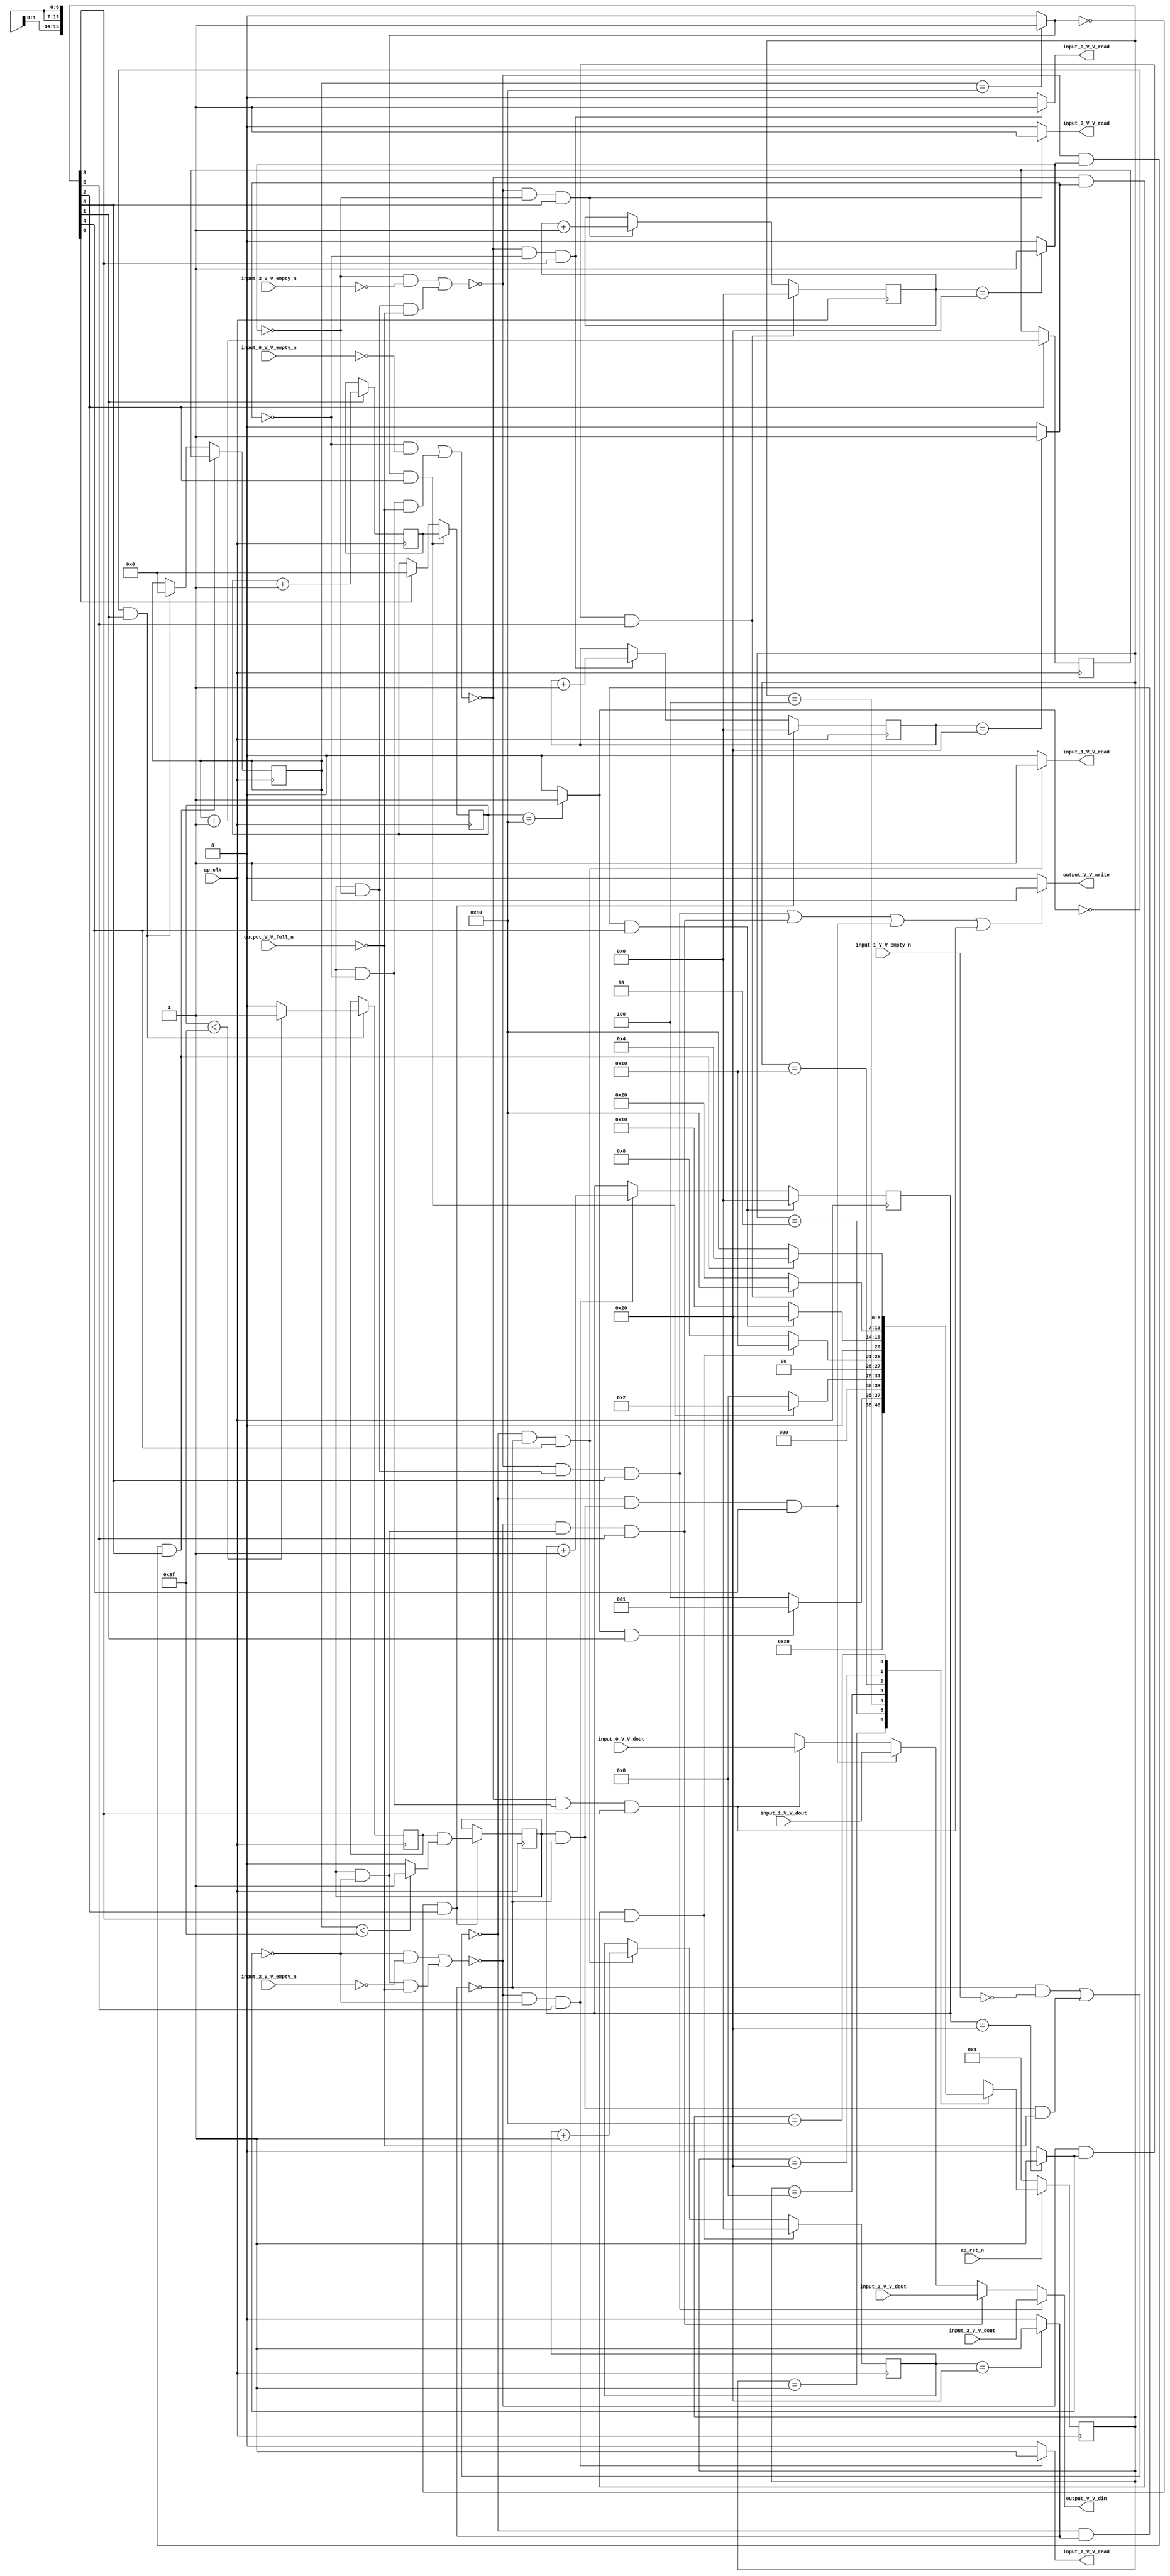
// ==============================================================
// RTL generated by Vivado(TM) HLS - High-Level Synthesis from C, C++ and SystemC
// Version: 2017.4
// Copyright (C) 1986-2017 Xilinx, Inc. All Rights Reserved.
// 
// ===========================================================

`timescale 1 ns / 1 ps 

(* CORE_GENERATION_INFO="concat_1,hls_ip_2017_4,{HLS_INPUT_TYPE=cxx,HLS_INPUT_FLOAT=0,HLS_INPUT_FIXED=1,HLS_INPUT_PART=xc7z020clg484-1,HLS_INPUT_CLOCK=10.000000,HLS_INPUT_ARCH=others,HLS_SYN_CLOCK=7.268000,HLS_SYN_LAT=544897,HLS_SYN_TPT=none,HLS_SYN_MEM=0,HLS_SYN_DSP=0,HLS_SYN_FF=61,HLS_SYN_LUT=417}" *)

module concat_1 (
        ap_clk,
        ap_rst_n,
        input_0_V_V_dout,
        input_0_V_V_empty_n,
        input_0_V_V_read,
        input_1_V_V_dout,
        input_1_V_V_empty_n,
        input_1_V_V_read,
        input_2_V_V_dout,
        input_2_V_V_empty_n,
        input_2_V_V_read,
        input_3_V_V_dout,
        input_3_V_V_empty_n,
        input_3_V_V_read,
        output_V_V_din,
        output_V_V_full_n,
        output_V_V_write
);

parameter    ap_ST_fsm_state1 = 7'd1;
parameter    ap_ST_fsm_state2 = 7'd2;
parameter    ap_ST_fsm_state3 = 7'd4;
parameter    ap_ST_fsm_state4 = 7'd8;
parameter    ap_ST_fsm_state5 = 7'd16;
parameter    ap_ST_fsm_state6 = 7'd32;
parameter    ap_ST_fsm_state7 = 7'd64;

input   ap_clk;
input   ap_rst_n;
input  [15:0] input_0_V_V_dout;
input   input_0_V_V_empty_n;
output   input_0_V_V_read;
input  [15:0] input_1_V_V_dout;
input   input_1_V_V_empty_n;
output   input_1_V_V_read;
input  [15:0] input_2_V_V_dout;
input   input_2_V_V_empty_n;
output   input_2_V_V_read;
input  [15:0] input_3_V_V_dout;
input   input_3_V_V_empty_n;
output   input_3_V_V_read;
output  [15:0] output_V_V_din;
input   output_V_V_full_n;
output   output_V_V_write;

reg input_0_V_V_read;
reg input_1_V_V_read;
reg input_2_V_V_read;
reg input_3_V_V_read;
reg[15:0] output_V_V_din;
reg output_V_V_write;

reg    ap_rst_n_inv;
reg    input_0_V_V_blk_n;
(* fsm_encoding = "none" *) reg   [6:0] ap_CS_fsm;
wire    ap_CS_fsm_state4;
wire   [0:0] exitcond3_fu_256_p2;
reg    input_1_V_V_blk_n;
wire    ap_CS_fsm_state5;
wire   [0:0] exitcond4_fu_268_p2;
reg    input_2_V_V_blk_n;
wire    ap_CS_fsm_state6;
wire   [0:0] exitcond5_fu_280_p2;
reg    input_3_V_V_blk_n;
wire    ap_CS_fsm_state7;
wire   [0:0] exitcond_fu_292_p2;
reg    output_V_V_blk_n;
reg   [0:0] tmp_3_reg_325;
wire   [6:0] k_1_fu_221_p2;
reg   [6:0] k_1_reg_307;
wire    ap_CS_fsm_state2;
wire   [0:0] tmp_fu_227_p2;
reg   [0:0] tmp_reg_312;
wire   [0:0] exitcond1_fu_215_p2;
wire   [6:0] j_1_fu_239_p2;
reg   [6:0] j_1_reg_320;
wire    ap_CS_fsm_state3;
wire   [0:0] tmp_3_fu_251_p2;
wire   [0:0] exitcond2_fu_233_p2;
wire   [5:0] i_4_fu_262_p2;
reg    ap_predicate_op45_write_state4;
reg    ap_block_state4;
wire   [5:0] i_5_fu_274_p2;
reg    ap_predicate_op56_write_state5;
reg    ap_block_state5;
wire   [5:0] i_6_fu_286_p2;
reg    ap_predicate_op67_write_state6;
reg    ap_block_state6;
wire   [5:0] i_7_fu_298_p2;
reg    ap_predicate_op78_write_state7;
reg    ap_block_state7;
reg   [6:0] k_reg_149;
wire    ap_CS_fsm_state1;
reg   [6:0] j_reg_160;
reg   [5:0] i_reg_171;
reg   [5:0] i_1_reg_182;
reg   [5:0] i_2_reg_193;
reg   [5:0] i_3_reg_204;
wire   [0:0] tmp_2_fu_245_p2;
reg   [6:0] ap_NS_fsm;

// power-on initialization
initial begin
#0 ap_CS_fsm = 7'd1;
end

always @ (posedge ap_clk) begin
    if (ap_rst_n_inv == 1'b1) begin
        ap_CS_fsm <= ap_ST_fsm_state1;
    end else begin
        ap_CS_fsm <= ap_NS_fsm;
    end
end

always @ (posedge ap_clk) begin
    if ((~(((exitcond3_fu_256_p2 == 1'd0) & (input_0_V_V_empty_n == 1'b0)) | ((ap_predicate_op45_write_state4 == 1'b1) & (output_V_V_full_n == 1'b0))) & (exitcond3_fu_256_p2 == 1'd1) & (1'b1 == ap_CS_fsm_state4))) begin
        i_1_reg_182 <= 6'd0;
    end else if ((~(((exitcond4_fu_268_p2 == 1'd0) & (input_1_V_V_empty_n == 1'b0)) | ((ap_predicate_op56_write_state5 == 1'b1) & (output_V_V_full_n == 1'b0))) & (exitcond4_fu_268_p2 == 1'd0) & (1'b1 == ap_CS_fsm_state5))) begin
        i_1_reg_182 <= i_5_fu_274_p2;
    end
end

always @ (posedge ap_clk) begin
    if ((~(((exitcond4_fu_268_p2 == 1'd0) & (input_1_V_V_empty_n == 1'b0)) | ((ap_predicate_op56_write_state5 == 1'b1) & (output_V_V_full_n == 1'b0))) & (exitcond4_fu_268_p2 == 1'd1) & (1'b1 == ap_CS_fsm_state5))) begin
        i_2_reg_193 <= 6'd0;
    end else if ((~(((exitcond5_fu_280_p2 == 1'd0) & (input_2_V_V_empty_n == 1'b0)) | ((ap_predicate_op67_write_state6 == 1'b1) & (output_V_V_full_n == 1'b0))) & (exitcond5_fu_280_p2 == 1'd0) & (1'b1 == ap_CS_fsm_state6))) begin
        i_2_reg_193 <= i_6_fu_286_p2;
    end
end

always @ (posedge ap_clk) begin
    if ((~(((exitcond5_fu_280_p2 == 1'd0) & (input_2_V_V_empty_n == 1'b0)) | ((ap_predicate_op67_write_state6 == 1'b1) & (output_V_V_full_n == 1'b0))) & (exitcond5_fu_280_p2 == 1'd1) & (1'b1 == ap_CS_fsm_state6))) begin
        i_3_reg_204 <= 6'd0;
    end else if ((~(((exitcond_fu_292_p2 == 1'd0) & (input_3_V_V_empty_n == 1'b0)) | ((ap_predicate_op78_write_state7 == 1'b1) & (output_V_V_full_n == 1'b0))) & (exitcond_fu_292_p2 == 1'd0) & (1'b1 == ap_CS_fsm_state7))) begin
        i_3_reg_204 <= i_7_fu_298_p2;
    end
end

always @ (posedge ap_clk) begin
    if (((exitcond2_fu_233_p2 == 1'd0) & (1'b1 == ap_CS_fsm_state3))) begin
        i_reg_171 <= 6'd0;
    end else if ((~(((exitcond3_fu_256_p2 == 1'd0) & (input_0_V_V_empty_n == 1'b0)) | ((ap_predicate_op45_write_state4 == 1'b1) & (output_V_V_full_n == 1'b0))) & (exitcond3_fu_256_p2 == 1'd0) & (1'b1 == ap_CS_fsm_state4))) begin
        i_reg_171 <= i_4_fu_262_p2;
    end
end

always @ (posedge ap_clk) begin
    if ((~(((exitcond_fu_292_p2 == 1'd0) & (input_3_V_V_empty_n == 1'b0)) | ((ap_predicate_op78_write_state7 == 1'b1) & (output_V_V_full_n == 1'b0))) & (exitcond_fu_292_p2 == 1'd1) & (1'b1 == ap_CS_fsm_state7))) begin
        j_reg_160 <= j_1_reg_320;
    end else if (((exitcond1_fu_215_p2 == 1'd0) & (1'b1 == ap_CS_fsm_state2))) begin
        j_reg_160 <= 7'd0;
    end
end

always @ (posedge ap_clk) begin
    if (((exitcond2_fu_233_p2 == 1'd1) & (1'b1 == ap_CS_fsm_state3))) begin
        k_reg_149 <= k_1_reg_307;
    end else if ((1'b1 == ap_CS_fsm_state1)) begin
        k_reg_149 <= 7'd0;
    end
end

always @ (posedge ap_clk) begin
    if ((1'b1 == ap_CS_fsm_state3)) begin
        j_1_reg_320 <= j_1_fu_239_p2;
    end
end

always @ (posedge ap_clk) begin
    if ((1'b1 == ap_CS_fsm_state2)) begin
        k_1_reg_307 <= k_1_fu_221_p2;
    end
end

always @ (posedge ap_clk) begin
    if (((exitcond2_fu_233_p2 == 1'd0) & (1'b1 == ap_CS_fsm_state3))) begin
        tmp_3_reg_325 <= tmp_3_fu_251_p2;
    end
end

always @ (posedge ap_clk) begin
    if (((exitcond1_fu_215_p2 == 1'd0) & (1'b1 == ap_CS_fsm_state2))) begin
        tmp_reg_312 <= tmp_fu_227_p2;
    end
end

always @ (*) begin
    if (((exitcond3_fu_256_p2 == 1'd0) & (1'b1 == ap_CS_fsm_state4))) begin
        input_0_V_V_blk_n = input_0_V_V_empty_n;
    end else begin
        input_0_V_V_blk_n = 1'b1;
    end
end

always @ (*) begin
    if ((~(((exitcond3_fu_256_p2 == 1'd0) & (input_0_V_V_empty_n == 1'b0)) | ((ap_predicate_op45_write_state4 == 1'b1) & (output_V_V_full_n == 1'b0))) & (exitcond3_fu_256_p2 == 1'd0) & (1'b1 == ap_CS_fsm_state4))) begin
        input_0_V_V_read = 1'b1;
    end else begin
        input_0_V_V_read = 1'b0;
    end
end

always @ (*) begin
    if (((exitcond4_fu_268_p2 == 1'd0) & (1'b1 == ap_CS_fsm_state5))) begin
        input_1_V_V_blk_n = input_1_V_V_empty_n;
    end else begin
        input_1_V_V_blk_n = 1'b1;
    end
end

always @ (*) begin
    if ((~(((exitcond4_fu_268_p2 == 1'd0) & (input_1_V_V_empty_n == 1'b0)) | ((ap_predicate_op56_write_state5 == 1'b1) & (output_V_V_full_n == 1'b0))) & (exitcond4_fu_268_p2 == 1'd0) & (1'b1 == ap_CS_fsm_state5))) begin
        input_1_V_V_read = 1'b1;
    end else begin
        input_1_V_V_read = 1'b0;
    end
end

always @ (*) begin
    if (((exitcond5_fu_280_p2 == 1'd0) & (1'b1 == ap_CS_fsm_state6))) begin
        input_2_V_V_blk_n = input_2_V_V_empty_n;
    end else begin
        input_2_V_V_blk_n = 1'b1;
    end
end

always @ (*) begin
    if ((~(((exitcond5_fu_280_p2 == 1'd0) & (input_2_V_V_empty_n == 1'b0)) | ((ap_predicate_op67_write_state6 == 1'b1) & (output_V_V_full_n == 1'b0))) & (exitcond5_fu_280_p2 == 1'd0) & (1'b1 == ap_CS_fsm_state6))) begin
        input_2_V_V_read = 1'b1;
    end else begin
        input_2_V_V_read = 1'b0;
    end
end

always @ (*) begin
    if (((exitcond_fu_292_p2 == 1'd0) & (1'b1 == ap_CS_fsm_state7))) begin
        input_3_V_V_blk_n = input_3_V_V_empty_n;
    end else begin
        input_3_V_V_blk_n = 1'b1;
    end
end

always @ (*) begin
    if ((~(((exitcond_fu_292_p2 == 1'd0) & (input_3_V_V_empty_n == 1'b0)) | ((ap_predicate_op78_write_state7 == 1'b1) & (output_V_V_full_n == 1'b0))) & (exitcond_fu_292_p2 == 1'd0) & (1'b1 == ap_CS_fsm_state7))) begin
        input_3_V_V_read = 1'b1;
    end else begin
        input_3_V_V_read = 1'b0;
    end
end

always @ (*) begin
    if ((((tmp_3_reg_325 == 1'd1) & (exitcond_fu_292_p2 == 1'd0) & (1'b1 == ap_CS_fsm_state7)) | ((tmp_3_reg_325 == 1'd1) & (exitcond5_fu_280_p2 == 1'd0) & (1'b1 == ap_CS_fsm_state6)) | ((tmp_3_reg_325 == 1'd1) & (exitcond4_fu_268_p2 == 1'd0) & (1'b1 == ap_CS_fsm_state5)) | ((tmp_3_reg_325 == 1'd1) & (exitcond3_fu_256_p2 == 1'd0) & (1'b1 == ap_CS_fsm_state4)))) begin
        output_V_V_blk_n = output_V_V_full_n;
    end else begin
        output_V_V_blk_n = 1'b1;
    end
end

always @ (*) begin
    if ((~(((exitcond_fu_292_p2 == 1'd0) & (input_3_V_V_empty_n == 1'b0)) | ((ap_predicate_op78_write_state7 == 1'b1) & (output_V_V_full_n == 1'b0))) & (ap_predicate_op78_write_state7 == 1'b1) & (1'b1 == ap_CS_fsm_state7))) begin
        output_V_V_din = input_3_V_V_dout;
    end else if ((~(((exitcond5_fu_280_p2 == 1'd0) & (input_2_V_V_empty_n == 1'b0)) | ((ap_predicate_op67_write_state6 == 1'b1) & (output_V_V_full_n == 1'b0))) & (ap_predicate_op67_write_state6 == 1'b1) & (1'b1 == ap_CS_fsm_state6))) begin
        output_V_V_din = input_2_V_V_dout;
    end else if ((~(((exitcond4_fu_268_p2 == 1'd0) & (input_1_V_V_empty_n == 1'b0)) | ((ap_predicate_op56_write_state5 == 1'b1) & (output_V_V_full_n == 1'b0))) & (ap_predicate_op56_write_state5 == 1'b1) & (1'b1 == ap_CS_fsm_state5))) begin
        output_V_V_din = input_1_V_V_dout;
    end else if ((~(((exitcond3_fu_256_p2 == 1'd0) & (input_0_V_V_empty_n == 1'b0)) | ((ap_predicate_op45_write_state4 == 1'b1) & (output_V_V_full_n == 1'b0))) & (ap_predicate_op45_write_state4 == 1'b1) & (1'b1 == ap_CS_fsm_state4))) begin
        output_V_V_din = input_0_V_V_dout;
    end else begin
        output_V_V_din = 'bx;
    end
end

always @ (*) begin
    if (((~(((exitcond_fu_292_p2 == 1'd0) & (input_3_V_V_empty_n == 1'b0)) | ((ap_predicate_op78_write_state7 == 1'b1) & (output_V_V_full_n == 1'b0))) & (ap_predicate_op78_write_state7 == 1'b1) & (1'b1 == ap_CS_fsm_state7)) | (~(((exitcond5_fu_280_p2 == 1'd0) & (input_2_V_V_empty_n == 1'b0)) | ((ap_predicate_op67_write_state6 == 1'b1) & (output_V_V_full_n == 1'b0))) & (ap_predicate_op67_write_state6 == 1'b1) & (1'b1 == ap_CS_fsm_state6)) | (~(((exitcond4_fu_268_p2 == 1'd0) & (input_1_V_V_empty_n == 1'b0)) | ((ap_predicate_op56_write_state5 == 1'b1) & (output_V_V_full_n == 1'b0))) & (ap_predicate_op56_write_state5 == 1'b1) & (1'b1 == ap_CS_fsm_state5)) | (~(((exitcond3_fu_256_p2 == 1'd0) & (input_0_V_V_empty_n == 1'b0)) | ((ap_predicate_op45_write_state4 == 1'b1) & (output_V_V_full_n == 1'b0))) & (ap_predicate_op45_write_state4 == 1'b1) & (1'b1 == ap_CS_fsm_state4)))) begin
        output_V_V_write = 1'b1;
    end else begin
        output_V_V_write = 1'b0;
    end
end

always @ (*) begin
    case (ap_CS_fsm)
        ap_ST_fsm_state1 : begin
            ap_NS_fsm = ap_ST_fsm_state2;
        end
        ap_ST_fsm_state2 : begin
            if (((exitcond1_fu_215_p2 == 1'd1) & (1'b1 == ap_CS_fsm_state2))) begin
                ap_NS_fsm = ap_ST_fsm_state1;
            end else begin
                ap_NS_fsm = ap_ST_fsm_state3;
            end
        end
        ap_ST_fsm_state3 : begin
            if (((exitcond2_fu_233_p2 == 1'd1) & (1'b1 == ap_CS_fsm_state3))) begin
                ap_NS_fsm = ap_ST_fsm_state2;
            end else begin
                ap_NS_fsm = ap_ST_fsm_state4;
            end
        end
        ap_ST_fsm_state4 : begin
            if ((~(((exitcond3_fu_256_p2 == 1'd0) & (input_0_V_V_empty_n == 1'b0)) | ((ap_predicate_op45_write_state4 == 1'b1) & (output_V_V_full_n == 1'b0))) & (exitcond3_fu_256_p2 == 1'd1) & (1'b1 == ap_CS_fsm_state4))) begin
                ap_NS_fsm = ap_ST_fsm_state5;
            end else if ((~(((exitcond3_fu_256_p2 == 1'd0) & (input_0_V_V_empty_n == 1'b0)) | ((ap_predicate_op45_write_state4 == 1'b1) & (output_V_V_full_n == 1'b0))) & (exitcond3_fu_256_p2 == 1'd0) & (1'b1 == ap_CS_fsm_state4))) begin
                ap_NS_fsm = ap_ST_fsm_state4;
            end else begin
                ap_NS_fsm = ap_ST_fsm_state4;
            end
        end
        ap_ST_fsm_state5 : begin
            if ((~(((exitcond4_fu_268_p2 == 1'd0) & (input_1_V_V_empty_n == 1'b0)) | ((ap_predicate_op56_write_state5 == 1'b1) & (output_V_V_full_n == 1'b0))) & (exitcond4_fu_268_p2 == 1'd1) & (1'b1 == ap_CS_fsm_state5))) begin
                ap_NS_fsm = ap_ST_fsm_state6;
            end else if ((~(((exitcond4_fu_268_p2 == 1'd0) & (input_1_V_V_empty_n == 1'b0)) | ((ap_predicate_op56_write_state5 == 1'b1) & (output_V_V_full_n == 1'b0))) & (exitcond4_fu_268_p2 == 1'd0) & (1'b1 == ap_CS_fsm_state5))) begin
                ap_NS_fsm = ap_ST_fsm_state5;
            end else begin
                ap_NS_fsm = ap_ST_fsm_state5;
            end
        end
        ap_ST_fsm_state6 : begin
            if ((~(((exitcond5_fu_280_p2 == 1'd0) & (input_2_V_V_empty_n == 1'b0)) | ((ap_predicate_op67_write_state6 == 1'b1) & (output_V_V_full_n == 1'b0))) & (exitcond5_fu_280_p2 == 1'd1) & (1'b1 == ap_CS_fsm_state6))) begin
                ap_NS_fsm = ap_ST_fsm_state7;
            end else if ((~(((exitcond5_fu_280_p2 == 1'd0) & (input_2_V_V_empty_n == 1'b0)) | ((ap_predicate_op67_write_state6 == 1'b1) & (output_V_V_full_n == 1'b0))) & (exitcond5_fu_280_p2 == 1'd0) & (1'b1 == ap_CS_fsm_state6))) begin
                ap_NS_fsm = ap_ST_fsm_state6;
            end else begin
                ap_NS_fsm = ap_ST_fsm_state6;
            end
        end
        ap_ST_fsm_state7 : begin
            if ((~(((exitcond_fu_292_p2 == 1'd0) & (input_3_V_V_empty_n == 1'b0)) | ((ap_predicate_op78_write_state7 == 1'b1) & (output_V_V_full_n == 1'b0))) & (exitcond_fu_292_p2 == 1'd1) & (1'b1 == ap_CS_fsm_state7))) begin
                ap_NS_fsm = ap_ST_fsm_state3;
            end else if ((~(((exitcond_fu_292_p2 == 1'd0) & (input_3_V_V_empty_n == 1'b0)) | ((ap_predicate_op78_write_state7 == 1'b1) & (output_V_V_full_n == 1'b0))) & (exitcond_fu_292_p2 == 1'd0) & (1'b1 == ap_CS_fsm_state7))) begin
                ap_NS_fsm = ap_ST_fsm_state7;
            end else begin
                ap_NS_fsm = ap_ST_fsm_state7;
            end
        end
        default : begin
            ap_NS_fsm = 'bx;
        end
    endcase
end

assign ap_CS_fsm_state1 = ap_CS_fsm[32'd0];

assign ap_CS_fsm_state2 = ap_CS_fsm[32'd1];

assign ap_CS_fsm_state3 = ap_CS_fsm[32'd2];

assign ap_CS_fsm_state4 = ap_CS_fsm[32'd3];

assign ap_CS_fsm_state5 = ap_CS_fsm[32'd4];

assign ap_CS_fsm_state6 = ap_CS_fsm[32'd5];

assign ap_CS_fsm_state7 = ap_CS_fsm[32'd6];

always @ (*) begin
    ap_block_state4 = (((exitcond3_fu_256_p2 == 1'd0) & (input_0_V_V_empty_n == 1'b0)) | ((ap_predicate_op45_write_state4 == 1'b1) & (output_V_V_full_n == 1'b0)));
end

always @ (*) begin
    ap_block_state5 = (((exitcond4_fu_268_p2 == 1'd0) & (input_1_V_V_empty_n == 1'b0)) | ((ap_predicate_op56_write_state5 == 1'b1) & (output_V_V_full_n == 1'b0)));
end

always @ (*) begin
    ap_block_state6 = (((exitcond5_fu_280_p2 == 1'd0) & (input_2_V_V_empty_n == 1'b0)) | ((ap_predicate_op67_write_state6 == 1'b1) & (output_V_V_full_n == 1'b0)));
end

always @ (*) begin
    ap_block_state7 = (((exitcond_fu_292_p2 == 1'd0) & (input_3_V_V_empty_n == 1'b0)) | ((ap_predicate_op78_write_state7 == 1'b1) & (output_V_V_full_n == 1'b0)));
end

always @ (*) begin
    ap_predicate_op45_write_state4 = ((tmp_3_reg_325 == 1'd1) & (exitcond3_fu_256_p2 == 1'd0));
end

always @ (*) begin
    ap_predicate_op56_write_state5 = ((tmp_3_reg_325 == 1'd1) & (exitcond4_fu_268_p2 == 1'd0));
end

always @ (*) begin
    ap_predicate_op67_write_state6 = ((tmp_3_reg_325 == 1'd1) & (exitcond5_fu_280_p2 == 1'd0));
end

always @ (*) begin
    ap_predicate_op78_write_state7 = ((tmp_3_reg_325 == 1'd1) & (exitcond_fu_292_p2 == 1'd0));
end

always @ (*) begin
    ap_rst_n_inv = ~ap_rst_n;
end

assign exitcond1_fu_215_p2 = ((k_reg_149 == 7'd64) ? 1'b1 : 1'b0);

assign exitcond2_fu_233_p2 = ((j_reg_160 == 7'd64) ? 1'b1 : 1'b0);

assign exitcond3_fu_256_p2 = ((i_reg_171 == 6'd32) ? 1'b1 : 1'b0);

assign exitcond4_fu_268_p2 = ((i_1_reg_182 == 6'd32) ? 1'b1 : 1'b0);

assign exitcond5_fu_280_p2 = ((i_2_reg_193 == 6'd32) ? 1'b1 : 1'b0);

assign exitcond_fu_292_p2 = ((i_3_reg_204 == 6'd32) ? 1'b1 : 1'b0);

assign i_4_fu_262_p2 = (i_reg_171 + 6'd1);

assign i_5_fu_274_p2 = (i_1_reg_182 + 6'd1);

assign i_6_fu_286_p2 = (i_2_reg_193 + 6'd1);

assign i_7_fu_298_p2 = (i_3_reg_204 + 6'd1);

assign j_1_fu_239_p2 = (j_reg_160 + 7'd1);

assign k_1_fu_221_p2 = (k_reg_149 + 7'd1);

assign tmp_2_fu_245_p2 = ((j_reg_160 < 7'd63) ? 1'b1 : 1'b0);

assign tmp_3_fu_251_p2 = (tmp_reg_312 & tmp_2_fu_245_p2);

assign tmp_fu_227_p2 = ((k_reg_149 < 7'd63) ? 1'b1 : 1'b0);

endmodule //concat_1